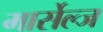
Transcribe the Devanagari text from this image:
मार्सेल्ज